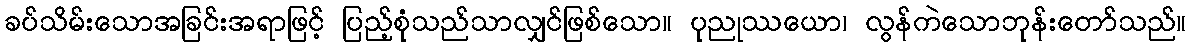
ခပ်သိမ်းသောအခြင်းအရာဖြင့် ပြည့်စုံသည်သာလျှင်ဖြစ်သော။ ပုညုဿယော၊ လွန်ကဲသောဘုန်းတော်သည်။